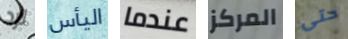
لرد اليأس عندما المركز حتى